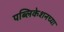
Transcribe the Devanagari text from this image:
पब्लिकेशनच्या